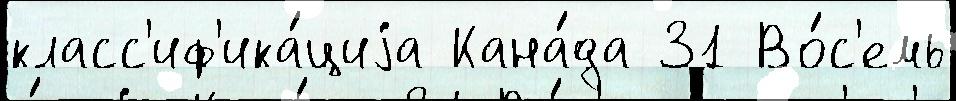
класс'иф'ика́циjа Кана́да 31 Во́с'емь